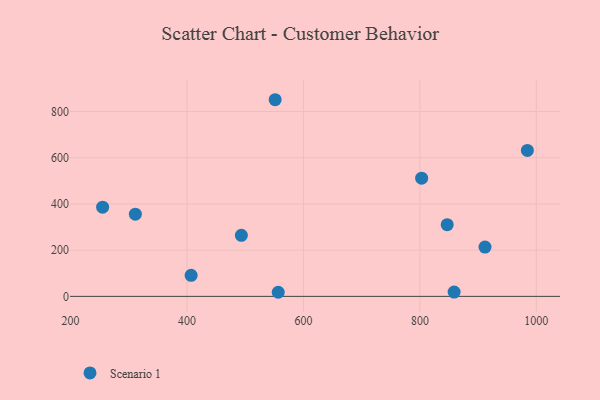
{"axis": {"x": "Ad Spend", "y": "Demand"}, "legend": ["Scenario 1"], "data": [{"x": "556.7", "y": 17.7, "type": "Scenario 1"}, {"x": "803.0", "y": 511.5, "type": "Scenario 1"}, {"x": "858.8", "y": 18.6, "type": "Scenario 1"}, {"x": "551.4", "y": 851.1, "type": "Scenario 1"}, {"x": "846.9", "y": 310.4, "type": "Scenario 1"}, {"x": "255.1", "y": 385.9, "type": "Scenario 1"}, {"x": "984.6", "y": 631.6, "type": "Scenario 1"}, {"x": "493.4", "y": 264.4, "type": "Scenario 1"}, {"x": "407.1", "y": 91.0, "type": "Scenario 1"}, {"x": "311.3", "y": 355.9, "type": "Scenario 1"}, {"x": "911.8", "y": 213.5, "type": "Scenario 1"}]}